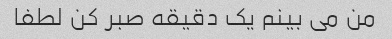
من می بینم یک دقیقه صبر کن لطفا